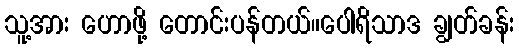
သူ့အား ဟောဖို့ တောင်းပန်တယ်။ပေါရိသာဒ ချွတ်ခန်း